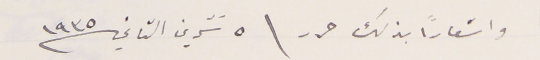
واشعاراً بذلك حرر \ ٥ تشرين الثاني سنة ١٩٣٥